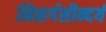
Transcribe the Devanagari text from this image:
निसर्गसौन्दर्य